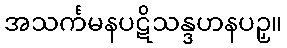
အသင်္ကမနပဋိသန္ဒဟနပဉှ။